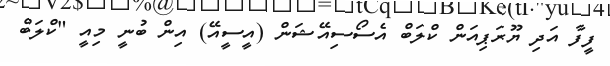
ފީފާ އަދި ޔޫރަޕިއަން ކްލަބް އެސޯސިއޭޝަން (އީސީއޭ) އިން ބުނީ މިއީ "ކްލަބް